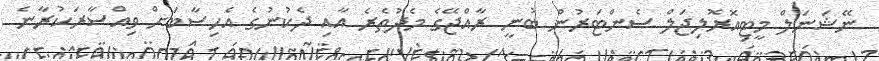
ނޭޝަނަލް މީޓިއޮރޮލިޖަލް ސެންޓަރުން ބުނީ ރާއްޖޭގެ މެދުތެރެ އާއި ދެކުނުގެ އެހިސާބަށް ވިއްސާރަކުރާނެ